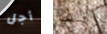
أجل ولف